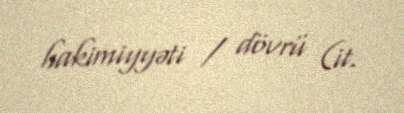
hakimiyyəti / dövrü (it.